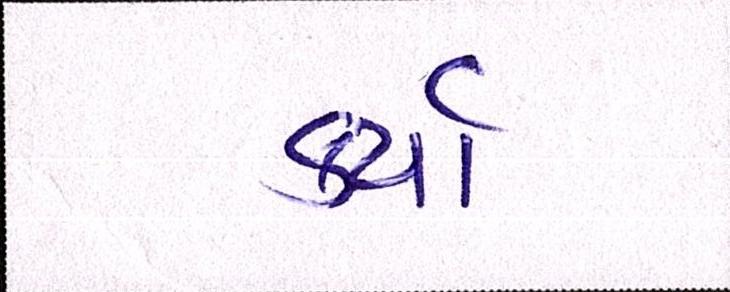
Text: કર્યા